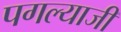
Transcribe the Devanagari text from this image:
पगल्याजी